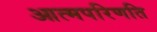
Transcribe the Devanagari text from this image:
आत्मपरिणति